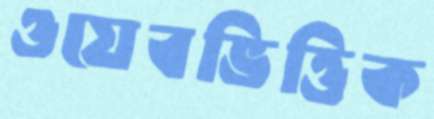
ওয়েবভিত্তিক